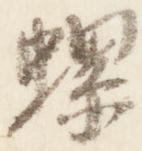
螺